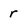
Character: r